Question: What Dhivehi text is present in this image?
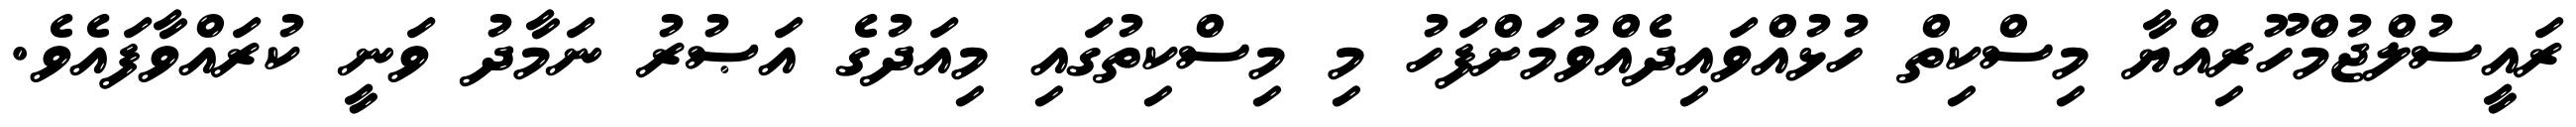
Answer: ރައީސުލްޖުމްހޫރިއްޔާ މިސްކިތް ހުޅުއްވައިދެއްވުމަށްފަހު މި މިސްކިތުގައި މިއަދުގެ އަޞުރު ނަމާދު ވަނީ ކުރައްވާފައެވެ.